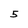
Character: 5